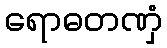
ရောဓတဏှံ